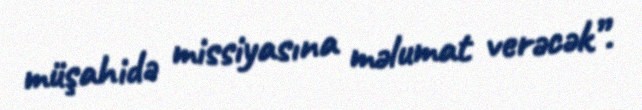
müşahidə missiyasına məlumat verəcək”.